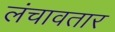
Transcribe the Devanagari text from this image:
लंचावतार